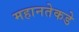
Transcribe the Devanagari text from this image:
महानतेकडे